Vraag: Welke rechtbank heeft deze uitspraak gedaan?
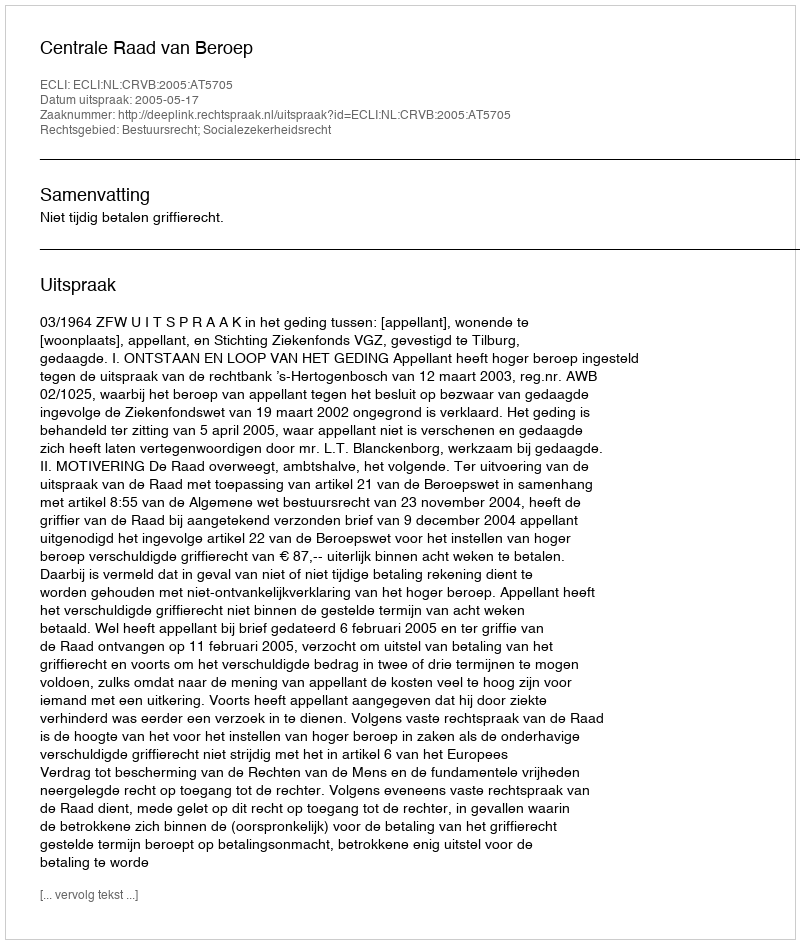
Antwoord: Centrale Raad van Beroep